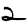
Digit: 2